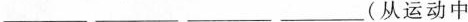
___ ___ ___ ___(从运动中